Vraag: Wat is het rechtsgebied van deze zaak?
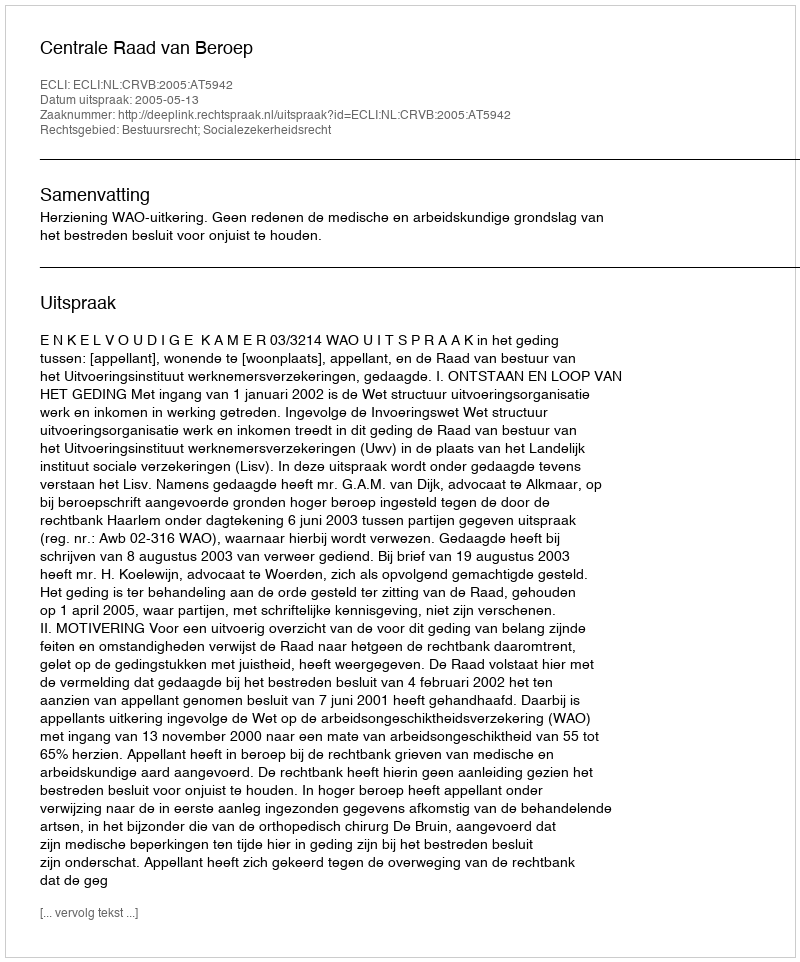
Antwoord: Bestuursrecht; Socialezekerheidsrecht